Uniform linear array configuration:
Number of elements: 4
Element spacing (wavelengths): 0.25
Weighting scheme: hamming
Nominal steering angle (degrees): -30
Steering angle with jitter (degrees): -30.999
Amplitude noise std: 0.05
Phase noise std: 0.05

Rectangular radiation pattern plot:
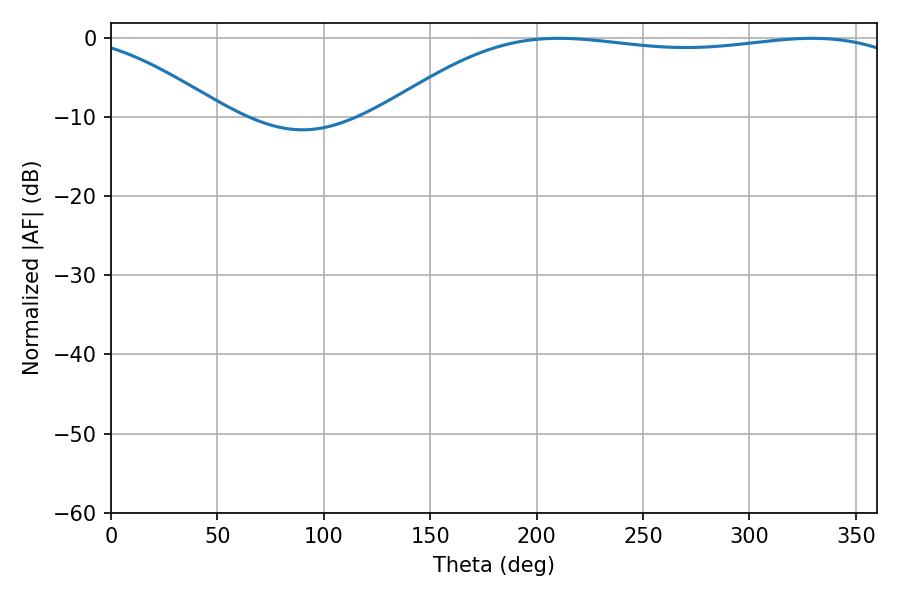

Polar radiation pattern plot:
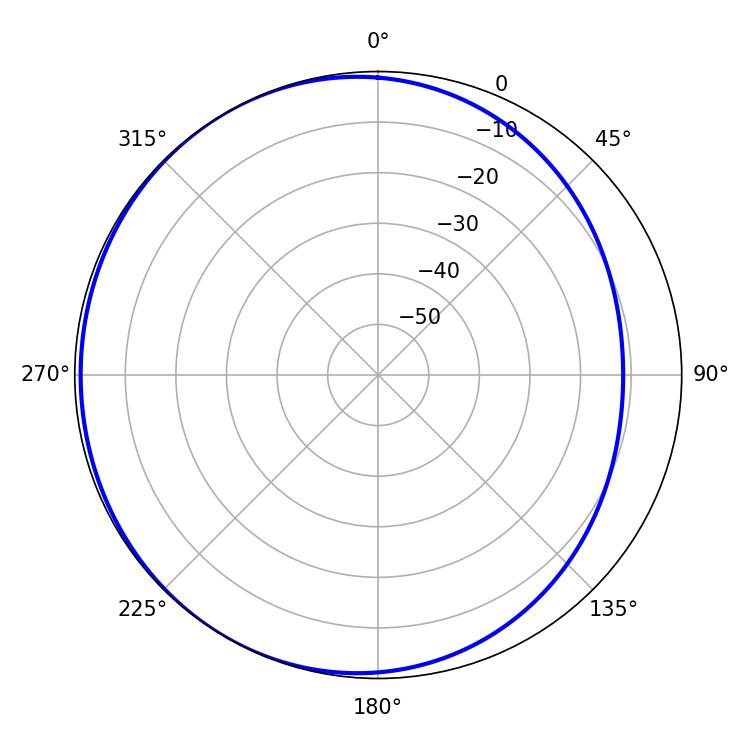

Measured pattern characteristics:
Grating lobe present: FALSE
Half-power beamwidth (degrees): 196.74
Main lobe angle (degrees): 210.42